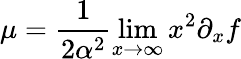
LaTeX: \mu=\frac{1}{2\alpha^{2}}\operatorname*{lim}_{x\to\infty}x^{2}\partial_{x}f